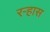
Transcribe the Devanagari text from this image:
रऱ्हास